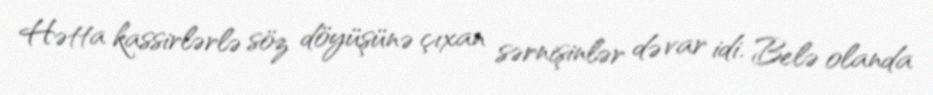
Hətta kassirlərlə söz döyüşünə çıxan sərnişinlər də var idi. Belə olanda